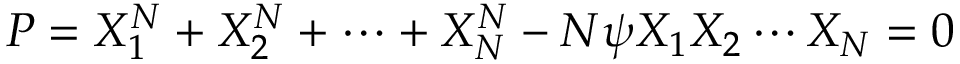
P = X _ { 1 } ^ { N } + X _ { 2 } ^ { N } + \cdots + X _ { N } ^ { N } - N \psi X _ { 1 } X _ { 2 } \cdots X _ { N } = 0